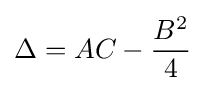
\Delta =AC-{\frac {B^{2}}{4}}